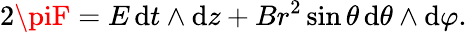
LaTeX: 2\piF=E\, \mathrm{d}t\land\mathrm{d}z+Br^{2}\sin\theta\, \mathrm{d}\theta\land\mathrm{d}\varphi.